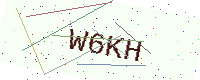
Text: W6KH